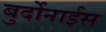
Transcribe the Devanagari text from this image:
बुर्दोनाईस